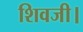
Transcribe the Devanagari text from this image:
शिवजी।